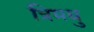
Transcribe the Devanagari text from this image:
त्रिमधु